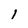
Character: 1